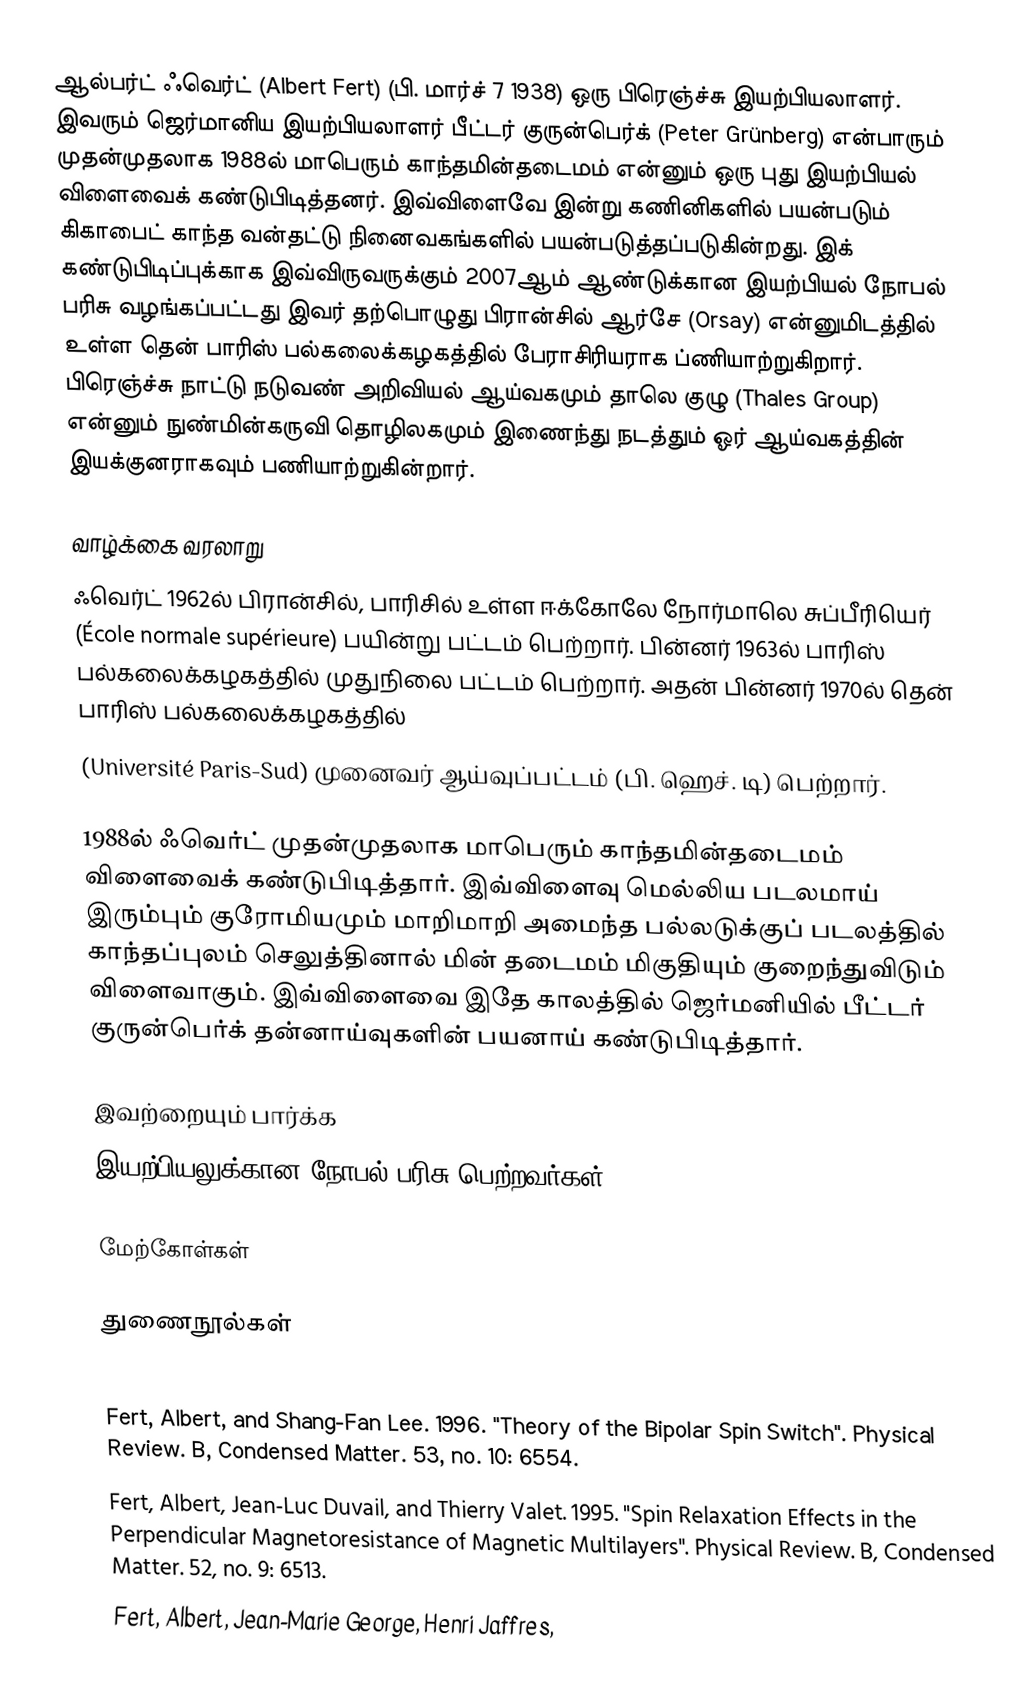
ஆல்பர்ட் ஃவெர்ட் (Albert Fert) (பி. மார்ச் 7 1938) ஒரு பிரெஞ்ச்சு இயற்பியலாளர். இவரும் ஜெர்மானிய இயற்பியலாளர் பீட்டர் குருன்பெர்க் (Peter Grünberg)   என்பாரும் முதன்முதலாக 1988ல் மாபெரும் காந்தமின்தடைமம் என்னும் ஒரு புது இயற்பியல் விளைவைக் கண்டுபிடித்தனர். இவ்விளைவே இன்று கணினிகளில் பயன்படும் கிகாபைட் காந்த வன்தட்டு நினைவகங்களில் பயன்படுத்தப்படுகின்றது.  இக் கண்டுபிடிப்புக்காக இவ்விருவருக்கும் 2007ஆம் ஆண்டுக்கான இயற்பியல் நோபல் பரிசு வழங்கப்பட்டது இவர் தற்பொழுது பிரான்சில் ஆர்சே (Orsay) என்னுமிடத்தில் உள்ள தென் பாரிஸ் பல்கலைக்கழகத்தில் பேராசிரியராக ப்ணியாற்றுகிறார். பிரெஞ்ச்சு நாட்டு நடுவண் அறிவியல் ஆய்வகமும் தாலெ குழு (Thales Group) என்னும் நுண்மின்கருவி தொழிலகமும் இணைந்து நடத்தும் ஓர் ஆய்வகத்தின் இயக்குனராகவும் பணியாற்றுகின்றார்.

வாழ்க்கை வரலாறு
ஃவெர்ட் 1962ல் பிரான்சில், பாரிசில் உள்ள ஈக்கோலே நோர்மாலெ சுப்பீரியெர் (École normale supérieure) பயின்று பட்டம் பெற்றார். பின்னர் 1963ல் பாரிஸ் பல்கலைக்கழகத்தில் முதுநிலை பட்டம் பெற்றார். அதன் பின்னர் 1970ல் தென் பாரிஸ் பல்கலைக்கழகத்தில்
(Université Paris-Sud) முனைவர் ஆய்வுப்பட்டம் (பி. ஹெச். டி) பெற்றார்.

1988ல் ஃவெர்ட் முதன்முதலாக மாபெரும் காந்தமின்தடைமம் விளைவைக் கண்டுபிடித்தார். இவ்விளைவு மெல்லிய படலமாய் இரும்பும் குரோமியமும் மாறிமாறி அமைந்த பல்லடுக்குப் படலத்தில் காந்தப்புலம் செலுத்தினால் மின் தடைமம் மிகுதியும் குறைந்துவிடும் விளைவாகும். இவ்விளைவை இதே காலத்தில் ஜெர்மனியில் பீட்டர் குருன்பெர்க்  தன்னாய்வுகளின் பயனாய் கண்டுபிடித்தார்.

இவற்றையும் பார்க்க
 இயற்பியலுக்கான நோபல் பரிசு பெற்றவர்கள்

மேற்கோள்கள்

துணைநூல்கள்
 Fert, Albert. 2006. "Summary of Symposium D on "Magnetoelectronics". Journal of Alloys and Compounds. 423, no. 1: 147.
 Fert, Albert, and Shang-Fan Lee. 1996. "Theory of the Bipolar Spin Switch". Physical Review. B, Condensed Matter. 53, no. 10: 6554.
 Fert, Albert, Jean-Luc Duvail, and Thierry Valet. 1995. "Spin Relaxation Effects in the Perpendicular Magnetoresistance of Magnetic Multilayers". Physical Review. B, Condensed Matter. 52, no. 9: 6513.
 Fert, Albert, Jean-Marie George, Henri Jaffres,